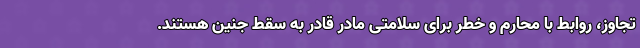
تجاوز، روابط با محارم و خطر برای سلامتی مادر قادر به سقط جنین هستند.